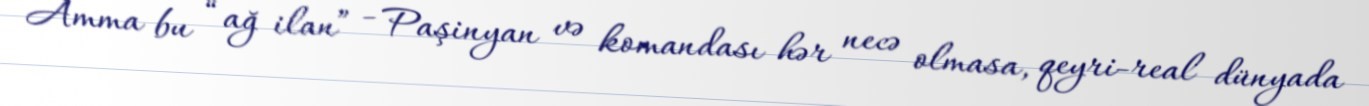
Amma bu “ağ ilan” - Paşinyan və komandası hər necə olmasa, qeyri-real dünyada